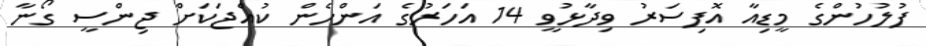
ފުލުހުންގެ މީޑިއާ އޮފިސަރު ވިދާޅުވީ 14 އަހަރުގެ އަންހެން ކުއްޖަކަށް ޖިންސީ ގޯނާ